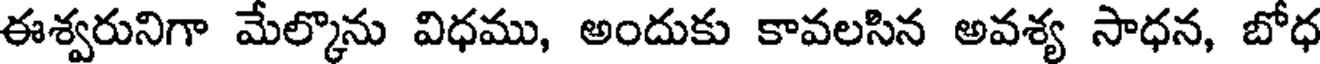
ఈశ్వరునిగా మేల్కొను విధము, అందుకు కావలసిన అవశ్య సాధన, బోధ